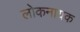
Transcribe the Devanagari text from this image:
लोकनायक